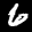
Label: 6